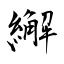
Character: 繲